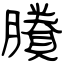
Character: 賸